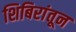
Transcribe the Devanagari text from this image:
शिबिरांतून